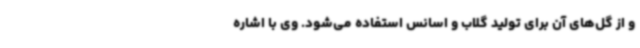
و از گل‌های آن برای تولید گلاب و اسانس استفاده می‌شود. وی با اشاره